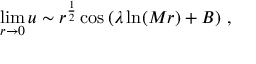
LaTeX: \operatorname * { l i m } _ { r \rightarrow 0 } u \sim { { r } ^ { { \frac { 1 } { 2 } } } \cos \left( \lambda \ln ( M r ) + B \right) } \ ,